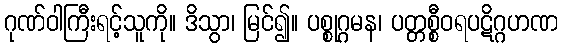
ဂုဏ်ဝါကြီးရင့်သူကို။ ဒိသွာ၊ မြင်၍။ ပစ္စုဂ္ဂမန၊ ပတ္တစ္စီဝရပဋိဂ္ဂဟဏ